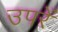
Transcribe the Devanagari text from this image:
उपरें